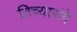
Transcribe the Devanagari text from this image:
तिच्यासंगे